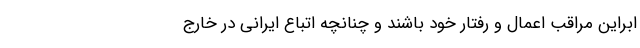
ابراین مراقب اعمال و رفتار خود باشند و چنانچه اتباع ایرانی در خارج